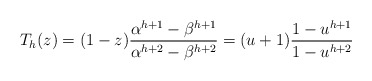
\begin{align*} T_h(z) = (1-z)\frac{\alpha^{h+1}-\beta^{h+1}}{\alpha^{h+2}-\beta^{h+2}} =(u+1)\frac{1-u^{h+1}}{1-u^{h+2}} \end{align*}